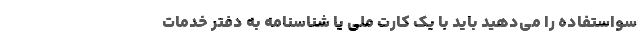
سواستفاده را می‌دهید باید با یک کارت ملی یا شناسنامه به دفتر خدمات